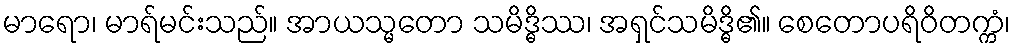
မာရော၊ မာရ်မင်းသည်။ အာယသ္မတော သမိဒ္ဓိဿ၊ အရှင်သမိဒ္ဓိ၏။ စေတောပရိဝိတက္ကံ၊